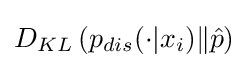
D_{KL}\left(p_{dis}(\cdot |x_{i})\|{\hat {p}}\right)